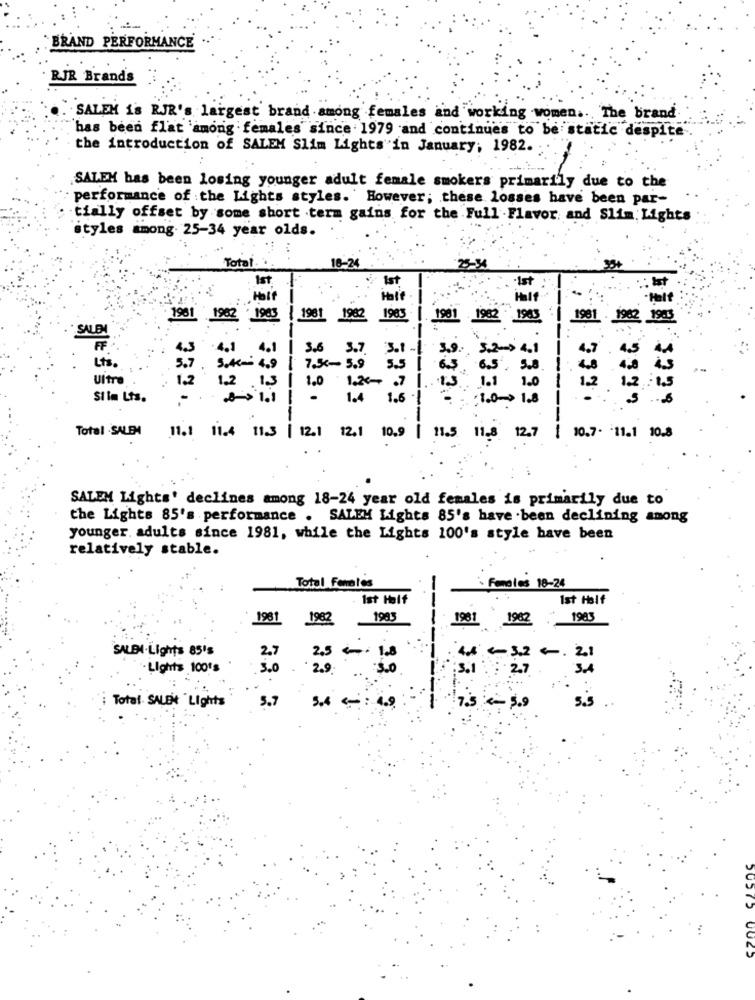
BRAND PERFORMANCE
RJR Brand's
SALEM is RJR's largest brand among females and working women .. The brand
has been flat among females since 1979 and continues to be static despite
the introduction of SALEM Slim Lights"in January; 1982.
SALEM has been losing younger adult female smokers primarily due to the
performance of the Lights styles. However; these losses have been par-
tially offset by some short term gains for the Full -Flavor, and Slim. Lights
styles among. 25-34 year olds.
18-24
Total.
25-34
Ist
Ist
-Ist
: Ist
Half
1961 1962 1983
1981 1942
1983
1981 1982 1965
1981 1982 1983
SALEN
--
--
4.3
4.1 4.1 | 3.6 3.7. 3.1.
3.9.
4.7
Lts.
4.5
5.7
SAAR - 4.9 7.34 - 3.9 5.5
6.5.
5.8.
Ultra
1.2
1.2 1,3 | 1.0 1.20 07
1.1
1.0
12
1.2
Si im Lts.
1.4
1.6
Total SALEH 11.1 11.4 11.3 | 12.1 12.1 10.9 | 11.5
11,8 12.7 | 10.7. 11.1 10.8
SALEM Lights' declines among 18-24 year old females is primarily due to
the Lights 85's performance . SALEM Lights 85's have been declining among
younger. adults since 1981, while the Lights 100's style have been
relatively stable.
Total Fenoles
Females 18-24
Ist Half
--
Ist Half
1981
1982
198
1981 1982
1983
SALBI . Lights 85's
2,7
4.4. 3.2 0 . 21
`- Lights 100's
3.0
2.9:
:S.1
2.7
Total SALEN "Lights
5.7
5.4 : 4.9
7.5 - 5.9